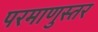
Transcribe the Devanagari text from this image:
परमाणुस्तर